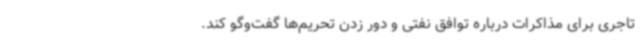
تاجری برای مذاکرات درباره توافق نفتی و دور زدن تحریم‌ها گفت‌وگو کند.